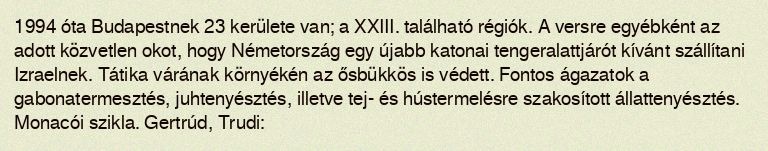
1994 óta Budapestnek 23 kerülete van; a XXIII. található régiók. A versre egyébként az adott közvetlen okot, hogy Németország egy újabb katonai tengeralattjárót kívánt szállítani Izraelnek. Tátika várának környékén az ősbükkös is védett. Fontos ágazatok a gabonatermesztés, juhtenyésztés, illetve tej- és hústermelésre szakosított állattenyésztés. Monacói szikla. Gertrúd, Trudi: